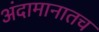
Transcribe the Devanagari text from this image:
अंदामानातच